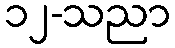
၁၂-သညာ